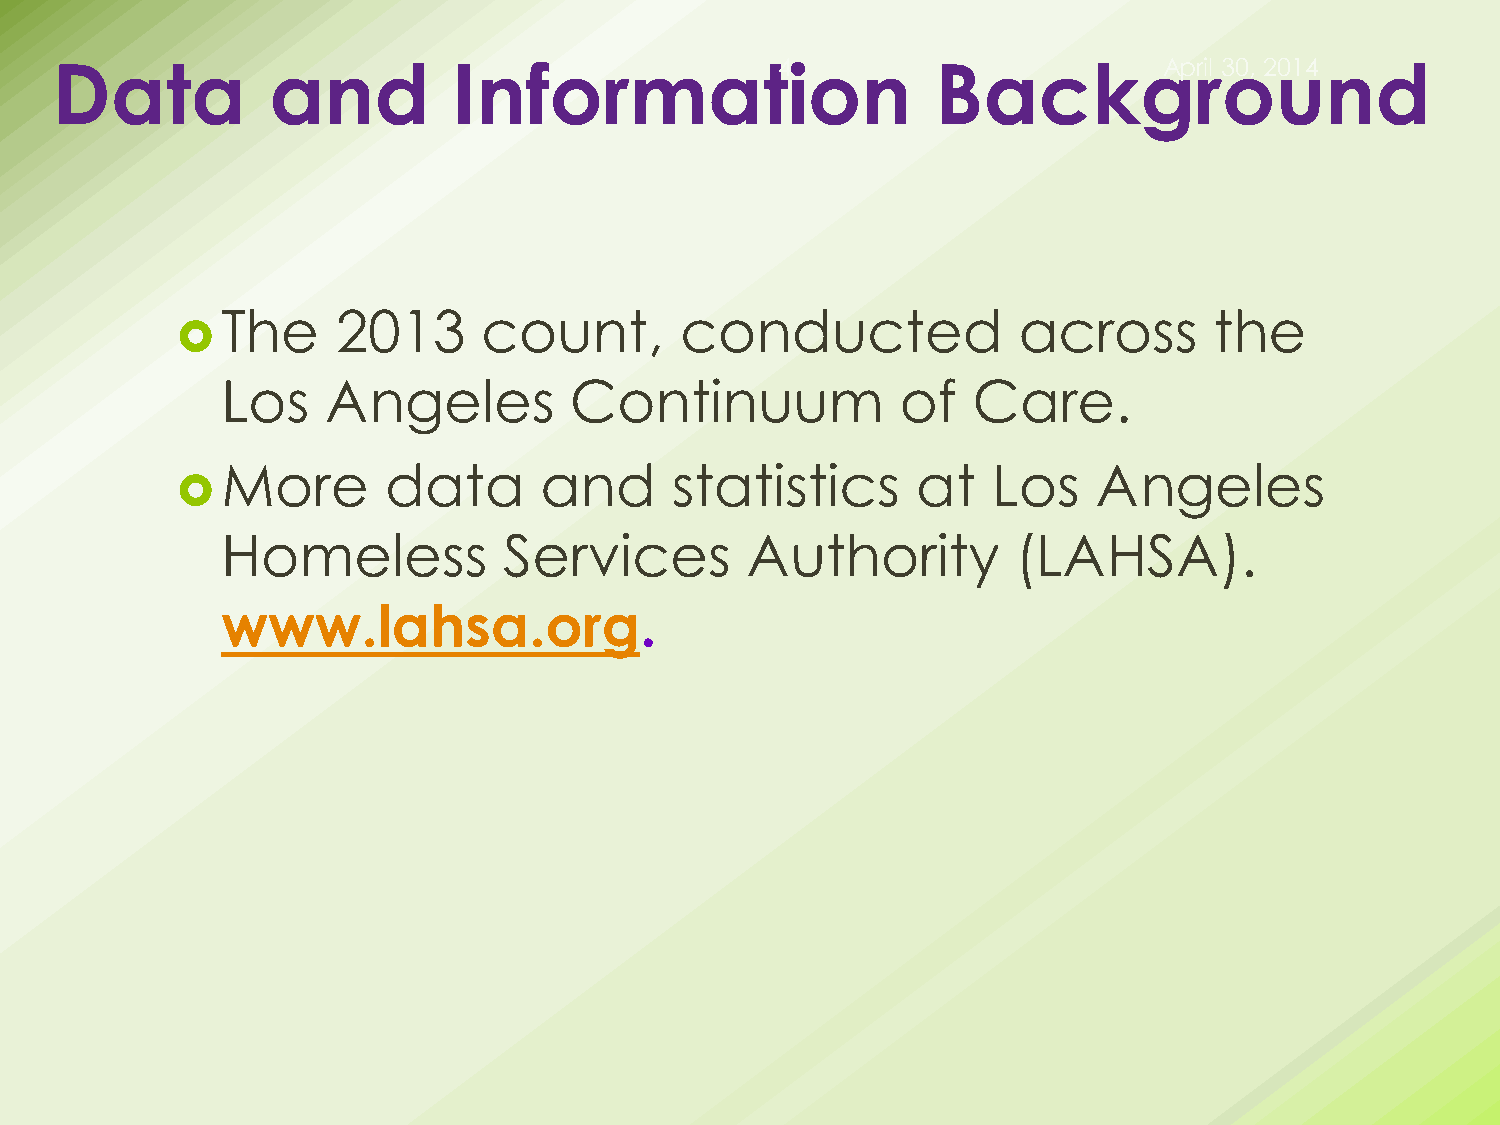
Data           and         Informat4i             on       BackgAprril        o30, 2u014 nd
 The    2013      count,       conducted             across       the
 
 Los    Angeles         Continuum             of  Care.
 More      data       and     statistics       at   Los    Angeles
 
 Homeless          Services        Authority         (LAHSA).
 www.lahsa.org.